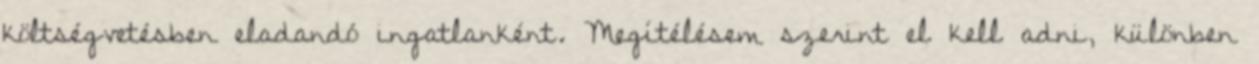
költségvetésben eladandó ingatlanként. Megítélésem szerint el kell adni, különben